Annual administration and progress report of the Indian Medical Department, Bombay
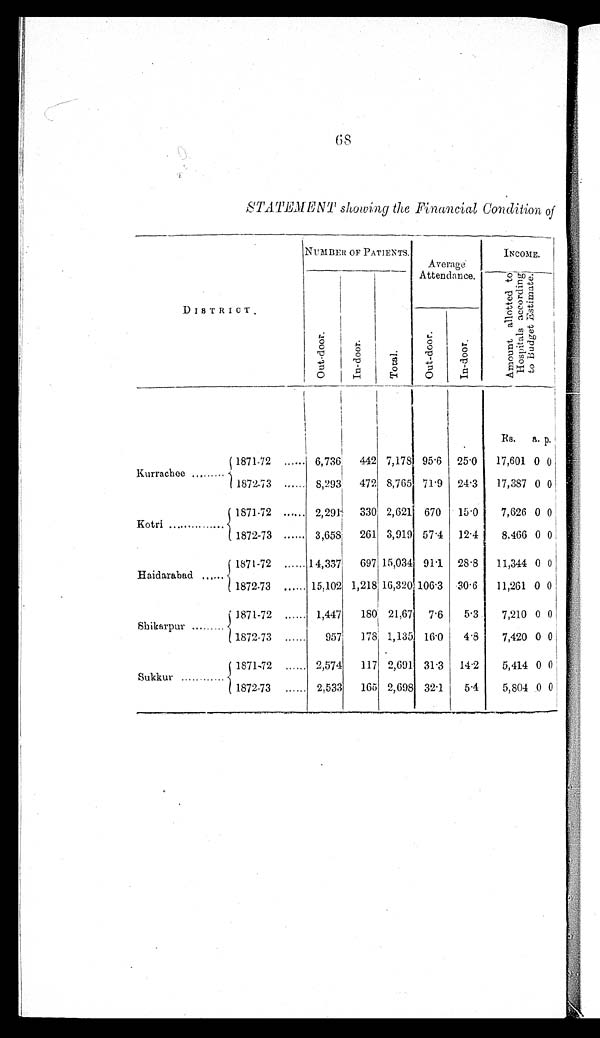
68
STATEMENT showing the Financial Condition of
DISTRICT.
NUMBER OF PATIENTS.
Average
Attendance.
INCOME.
O u t - d o o r .
I n - d o o r .
Total .
Amount alloted to
Hospitals according
to Budget Estimate.
Out - door .
I n- door .
Rs. a. p.
Kurrachee .........
1871-72 ...... 6,736
442 7,178 95.6 25.0
17,601 0 0
1872-73 ...... 8,293
472 8,765 71.9 24.3
17,387 0 0
Kotri ............
1871-72 ...... 2,291
330 2,621 670
15.0
7,626 0 0
1872-73 ...... 3,658
261 3,919 57.4 12.4
8,466 0 0
Haidarabad ......
1871-72 ...... 14,337
697 15,034 91.1 28.8
11,344 0 0
1872-73 ...... 15,102 1,218 16,320 106.3 30.6
11,261 0 0
Shikarpur .........
1871-72 ...... 1,447
180 21,67
7.6
5.3
7,210 0 0
1872-73 ......
957
178 1,135 16.0
4.8
7,420 0 0
Sukkur .........
1871-72 ...... 2,574
117 2,691 31.3
14.2
5,414 0 0
1872-73 ...... 2,533
165 2,698 32.1
5.4
5,804 0 0